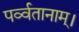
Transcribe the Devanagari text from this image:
पर्व्वतानाम्।